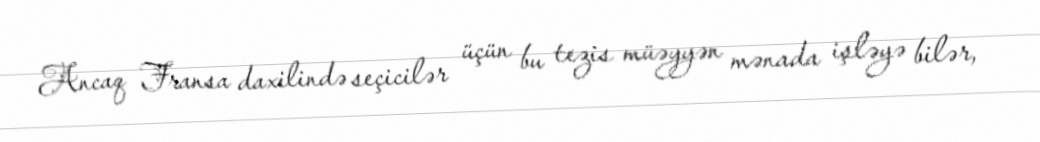
Ancaq Fransa daxilində seçicilər üçün bu tezis müəyyən mənada işləyə bilər,